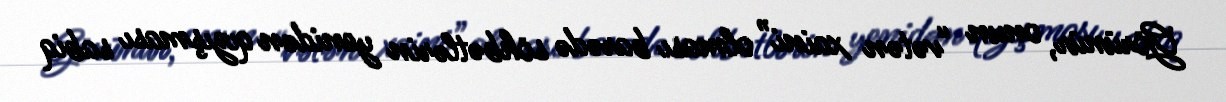
Görünür, onun “vətən xaini” olması barədə söhbətlərin yenidən qızışması sabiq